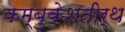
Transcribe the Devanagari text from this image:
कम्बुकेशतीर्थ